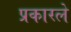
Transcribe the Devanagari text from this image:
प्रकारले